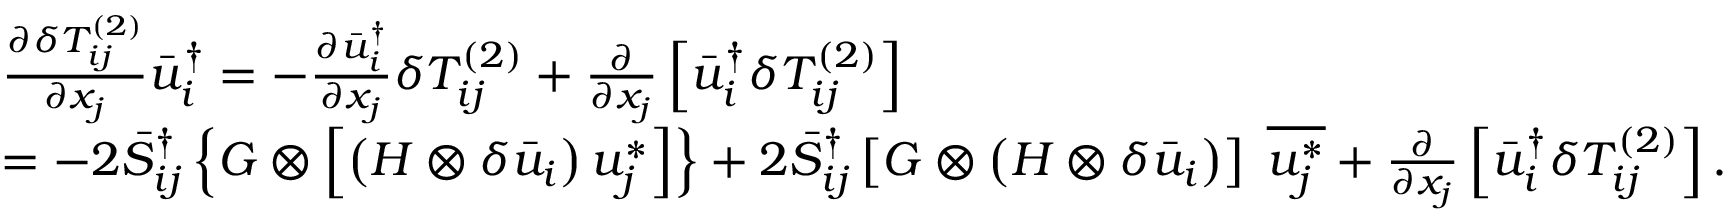
\begin{array} { l } { \frac { { \partial \delta T _ { i j } ^ { \left( 2 \right) } } } { { \partial { x _ { j } } } } \bar { u } _ { i } ^ { \dag } = - \frac { { \partial \bar { u } _ { i } ^ { \dag } } } { { \partial { x _ { j } } } } \delta T _ { i j } ^ { \left( 2 \right) } + \frac { \partial } { { \partial { x _ { j } } } } \left[ { \bar { u } _ { i } ^ { \dag } \delta T _ { i j } ^ { \left( 2 \right) } } \right] } \\ { = - 2 \bar { S } _ { i j } ^ { \dag } \left\{ { G \otimes \left[ { \left( { H \otimes \delta { { \bar { u } } _ { i } } } \right) u _ { j } ^ { * } } \right] } \right\} + 2 \bar { S } _ { i j } ^ { \dag } \left[ { G \otimes \left( { H \otimes \delta { { \bar { u } } _ { i } } } \right) } \right] \; \overline { { u _ { j } ^ { * } } } + \frac { \partial } { { \partial { x _ { j } } } } \left[ { \bar { u } _ { i } ^ { \dag } \delta T _ { i j } ^ { \left( 2 \right) } } \right] . } \end{array}